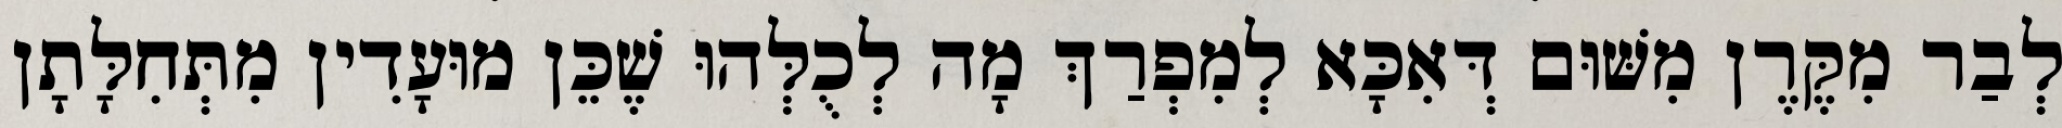
לְבַר מִקֶּרֶן מִשּׁוּם דְּאִכָּא לְמִפְרַךְ מָה לְכֻלְּהוּ שֶׁכֵּן מוּעָדִין מִתְּחִלָּתָן